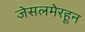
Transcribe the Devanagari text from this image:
जेसलमेरहून